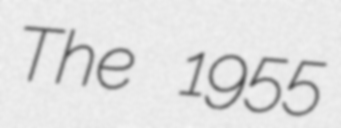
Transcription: The 1955